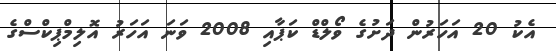
އެކު 20 އަހަރުން ދަށުގެ ވޯލްޑް ކަޕާއި 2008 ވަނަ އަހަރު އޮލިމްޕިކްސްގެ